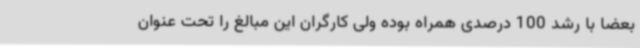
بعضا با رشد 100 درصدی همراه بوده ولی کارگران این مبالغ را تحت عنوان